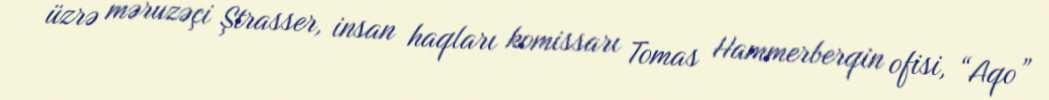
üzrə məruzəçi Ştrasser, insan haqları komissarı Tomas Hammerberqin ofisi, “Aqo”